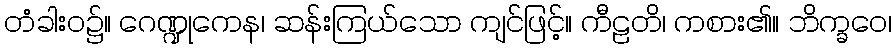
တံခါးဝ၌။ ဂေဏ္ဍုကေန၊ ဆန်းကြယ်သော ကျင်ဖြင့်။ ကီဠတိ၊ ကစား၏။ ဘိက္ခဝေ၊